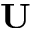
{ \bf U }